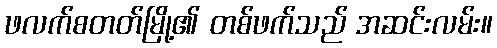
ဖလက်စတတ်မြို့၏ တစ်ဖက်သည် အဆင်းလမ်း။